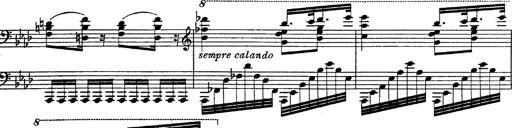
Title: Fantasie Ã¼ber Themen aus Mozarts Figaro und Don Giovanni
Composer: Franz Liszt